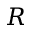
R